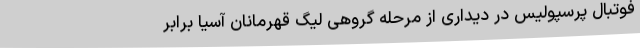
فوتبال پرسپولیس در دیداری از مرحله گروهی لیگ قهرمانان آسیا برابر